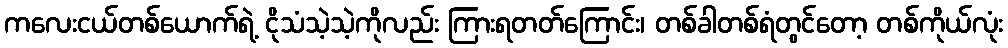
ကလေးငယ်တစ်ယောက်ရဲ့ ငိုသံသဲ့သဲ့ကိုလည်း ကြားရတတ်ကြောင်း၊ တစ်ခါတစ်ရံတွင်တော့ တစ်ကိုယ်လုံး